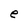
Character: e